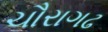
ચૌરાગઢ